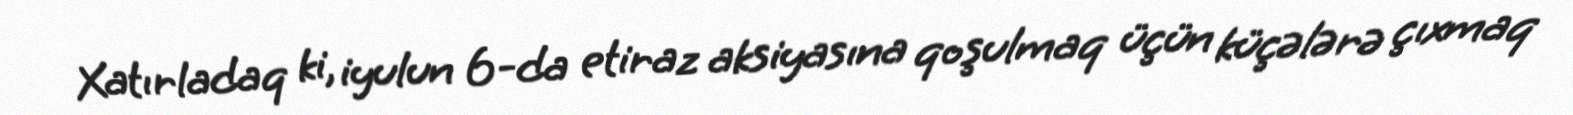
Xatırladaq ki, iyulun 6-da etiraz aksiyasına qoşulmaq üçün küçələrə çıxmaq